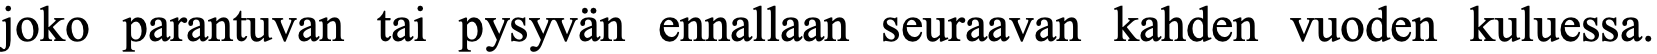
joko parantuvan tai pysyvän ennallaan seuraavan kahden vuoden kuluessa.